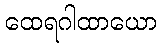
ထေရဂါထာယော